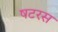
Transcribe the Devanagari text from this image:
षटरस